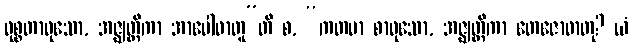
ဝုစ္စတာဝုသော, အဇ္ဈတ္တိကာ အာပေါဓာတူ”တိ စ, “ကတမာ စာဝုသော, အဇ္ဈတ္တိကာ တေဇောဓာတု? ယံ